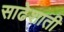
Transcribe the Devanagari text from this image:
साढेशाती